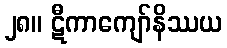
၂၈။ ဋီကာကျော်နိဿယ